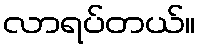
လာရပ်တယ်။